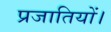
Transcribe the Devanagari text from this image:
प्रजातियों।